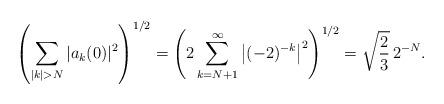
LaTeX: \begin{align*}\left(\sum_{|k|> N}|a_k(0)|^2\right)^{1/2}=\left(2\sum_{k=N+1}^\infty\left|(-2)^{-k}\right|^2\right)^{1/2}=\sqrt{\frac{2}{3}}\,2^{-N}.\end{align*}